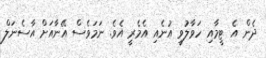
ދެން އެ ޓީމާއި ހަވާލުވީ އުނެއި އެމެރީ އެވެ. ނަމަވެސް އޭނާއަށް އާސެނަލް